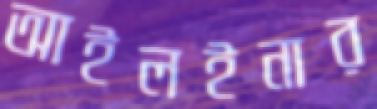
আইলইনার